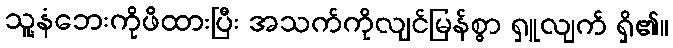
သူ့နံဘေးကိုဖိထားပြီး အသက်ကိုလျင်မြန်စွာ ရှူလျက် ရှိ၏။